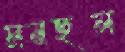
মনছল